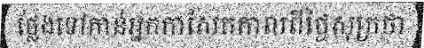
ថ្លែងទៅកាន់អ្នកកាសែតកាលពីថ្ងៃសុក្រថា